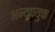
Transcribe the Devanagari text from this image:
अन्युपयुक्त